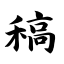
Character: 稿